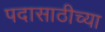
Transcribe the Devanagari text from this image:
पदासाठीच्या